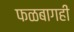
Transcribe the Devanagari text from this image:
फळबागही